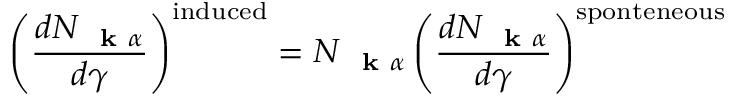
\left( \frac { d N _ { \mathrm { ~ \bf ~ k ~ } \alpha } } { d \gamma } \right) ^ { \mathrm { i n d u c e d } } = N _ { \mathrm { ~ \bf ~ k ~ } \alpha } \left( \frac { d N _ { \mathrm { ~ \bf ~ k ~ } \alpha } } { d \gamma } \right) ^ { \mathrm { s p o n t e n e o u s } }